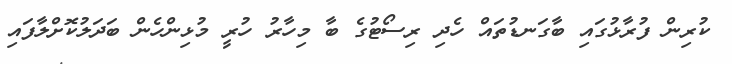
ކުރިން ފުރާޅުގައި ބާގަނޑުތައް ހެދި ރިސޯޓުގެ ބާ މިހާރު ހުރީ މުޅިންހެން ބަދަލުކޮށްލާފައި